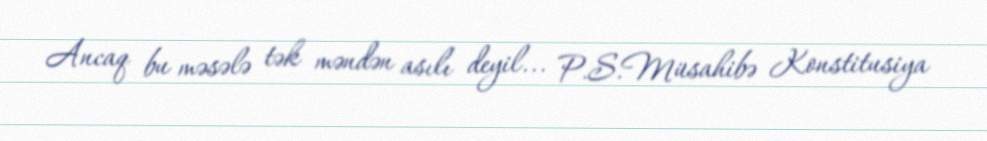
Ancaq bu məsələ tək məndən asılı deyil... P.S.Müsahibə Konstitusiya